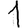
Digit: 1